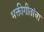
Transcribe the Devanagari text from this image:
भक्तीगीतांचा